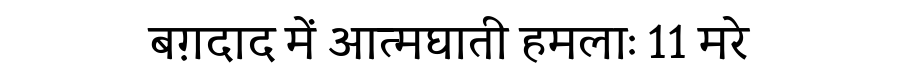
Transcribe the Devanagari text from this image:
बग़दाद में आत्मघाती हमलाः 11 मरे